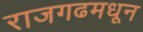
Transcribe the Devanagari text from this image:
राजगढमधून